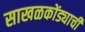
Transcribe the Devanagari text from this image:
साखळकोंड्याची